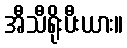
အီသီရိုးပီးယား။